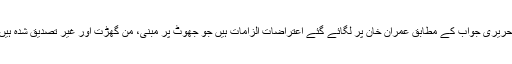
تحریری جواب کے مطابق عمران خان پر لگائے گئے اعتراضات الزامات ہیں جو جھوٹ پر مبنی، من گھڑت اور غیر تصدیق شدہ ہیں۔